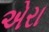
એરા